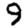
Digit: 9